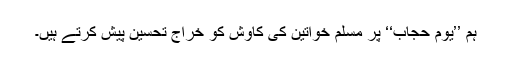
ہم ’’یوم حجاب‘‘ پر مسلم خواتین کی کاوش کو خراجِ تحسین پیش کرتے ہیں۔